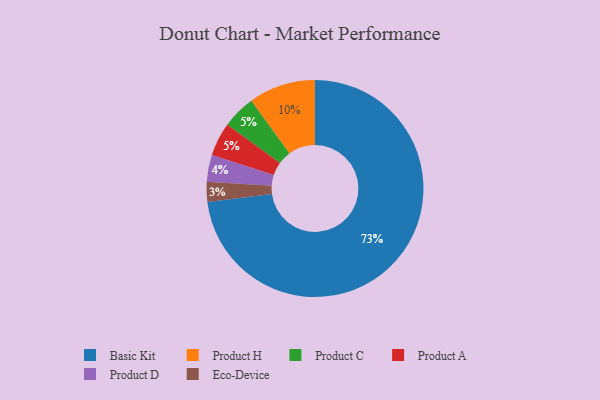
{"axis": {"x": "Category", "y": "Percentage"}, "legend": ["Basic Kit", "Eco-Device", "Product A", "Product C", "Product D", "Product H"], "data": [{"x": "Eco-Device", "y": 3, "type": "Eco-Device"}, {"x": "Basic Kit", "y": 73, "type": "Basic Kit"}, {"x": "Product C", "y": 5, "type": "Product C"}, {"x": "Product D", "y": 4, "type": "Product D"}, {"x": "Product H", "y": 10, "type": "Product H"}, {"x": "Product A", "y": 5, "type": "Product A"}]}